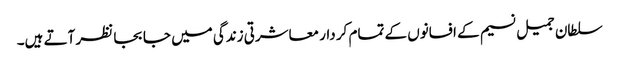
سلطان جمیل نسیم کے افسانوں کے تمام کر دار معاشرتی زندگی میں جا بجا نظر آتے ہیں۔